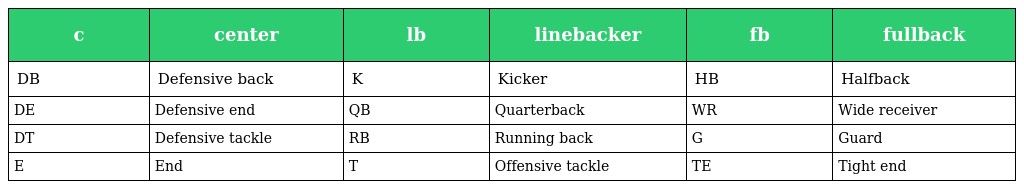
| c | center | lb | linebacker | fb | fullback |
 | --- | --- | --- | --- | --- | --- |
 | DB | Defensive back | K | Kicker | HB | Halfback |
 | DE | Defensive end | QB | Quarterback | WR | Wide receiver |
 | DT | Defensive tackle | RB | Running back | G | Guard |
 | E | End | T | Offensive tackle | TE | Tight end |